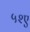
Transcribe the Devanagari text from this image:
५२ए